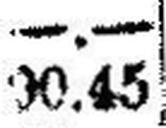
90.45